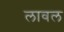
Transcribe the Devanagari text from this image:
लावल